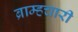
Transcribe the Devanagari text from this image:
ब्राम्हचारी